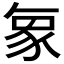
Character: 𮙝